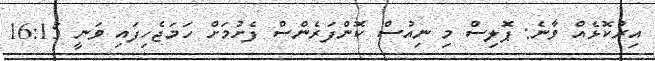
އިރުކޮޅެއް ވާނެ: ޕޮލިސް މި ނިއުސް ކޮންފަރެންސް ފެށުމަށް ހަމަޖެހިފައި ވަނީ 16:15